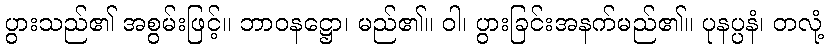
ပွားသည်၏ အစွမ်းဖြင့်။ ဘာဝနဋ္ဌော၊ မည်၏။ ဝါ၊ ပွားခြင်းအနက်မည်၏။ ပုနပ္ပနံ၊ တလုံ့